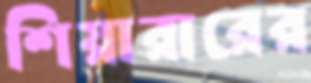
শিয়ারারের